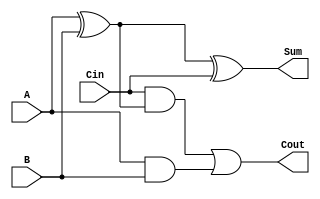
module adder(A,B,Cin,Sum,Cout);
	input A,B,Cin;
	output Sum,Cout;

	assign Sum = A ^ B ^ Cin;
	assign Cout = (Cin & (A^B)) | (A & B);
endmodule